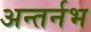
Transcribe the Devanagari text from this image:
अन्तर्नभ